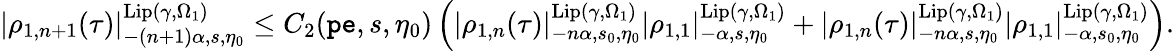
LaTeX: \begin{array}{r}{|\rho_{1,n+1}(\tau)|_{-(n+1)\alpha,s,\eta_{0}}^{\mathrm{Lip}(\gamma,\Omega_{1})}\le C_{2}(\mathtt{pe},s,\eta_{0})\left(|{\rho_{1,n}}(\tau)|_{-n\alpha,s_{0},\eta_{0}}^{\mathrm{Lip}(\gamma,\Omega_{1})}|\rho_{1,1}|_{-\alpha,s,\eta_{0}}^{\mathrm{Lip}(\gamma,\Omega_{1})}+|{\rho_{1,n}}(\tau)|_{-n\alpha,s,\eta_{0}}^{\mathrm{Lip}(\gamma,\Omega_{1})}|\rho_{1,1}|_{-\alpha,s_{0},\eta_{0}}^{\mathrm{Lip}(\gamma,\Omega_{1})}\right).}\end{array}